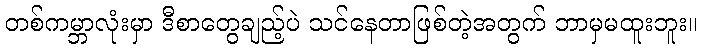
တစ်ကမ္ဘာလုံးမှာ ဒီစာတွေချည့်ပဲ သင်နေတာဖြစ်တဲ့အတွက် ဘာမှမထူးဘူး။